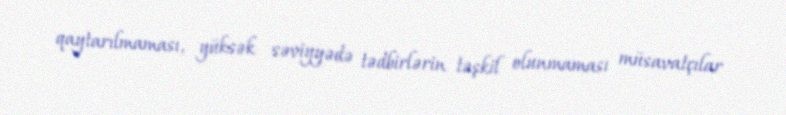
qaytarılmaması, yüksək səviyyədə tədbirlərin təşkil olunmaması müsavatçılar